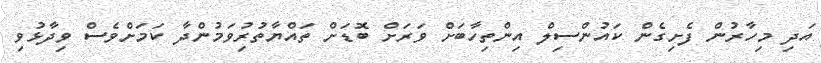
އަދި މިހާރުން ފެށިގެން ކައުންސިލް އިންތިހާބަށް ވަރަށް ބޮޑަށް ތައްޔާތުރުިވަމުންދާ ކަމަށްވެސް ވިދާޅުވި